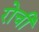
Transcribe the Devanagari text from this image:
रोची